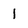
Character: I